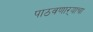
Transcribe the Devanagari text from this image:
पाठवणाऱ्याचा